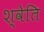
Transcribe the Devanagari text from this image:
श्वेति